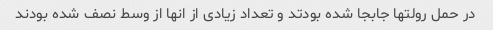
در حمل رولتها جابجا شده بودتد و تعداد زیادی از انها از وسط نصف شده بودند